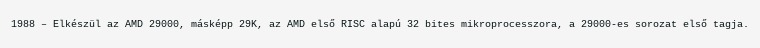
1988 – Elkészül az AMD 29000, másképp 29K, az AMD első RISC alapú 32 bites mikroprocesszora, a 29000-es sorozat első tagja.